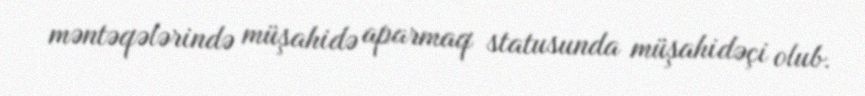
məntəqələrində müşahidə aparmaq statusunda müşahidəçi olub.